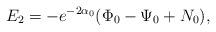
LaTeX: \begin{align*}E_2= - e^{-2 \alpha_0}(\Phi_0-\Psi_0+N_0),\end{align*}